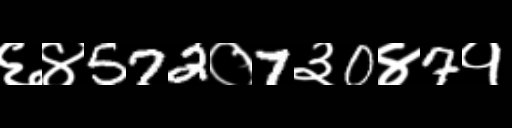
Text: ६४572०7३0४7१